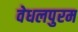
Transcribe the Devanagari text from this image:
वेधलपुरम